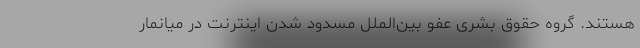
هستند. گروه‌ حقوق بشری عفو بین‌الملل مسدود شدن اینترنت در میانمار